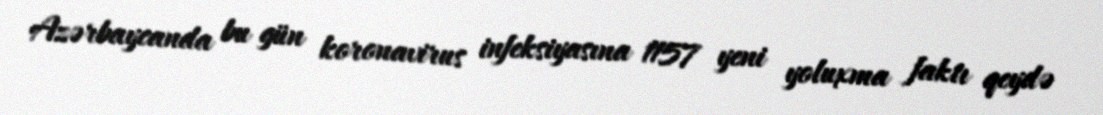
Azərbaycanda bu gün koronavirus infeksiyasına 1157 yeni yoluxma faktı qeydə